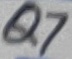
Text: Q7